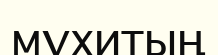
мұхитың